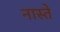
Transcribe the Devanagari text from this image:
नास्‍ते